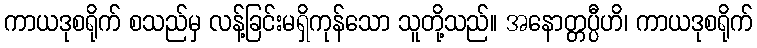
ကာယဒုစရိုက် စသည်မှ လန့်ခြင်းမရှိကုန်သော သူတို့သည်။ အနောတ္တပ္ပီဟိ၊ ကာယဒုစရိုက်